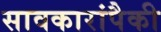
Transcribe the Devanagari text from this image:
सावकारांपैकी